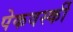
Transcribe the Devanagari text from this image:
पेकवर्स्की